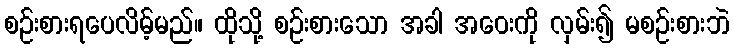
စဉ်းစားရပေလိမ့်မည်။ ထိုသို့ စဉ်းစားသော အခါ အဝေးကို လှမ်း၍ မစဉ်းစားဘဲ